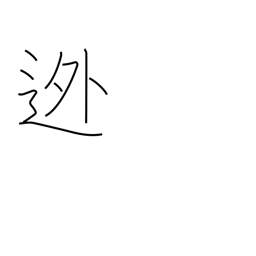
Meaning: abscond